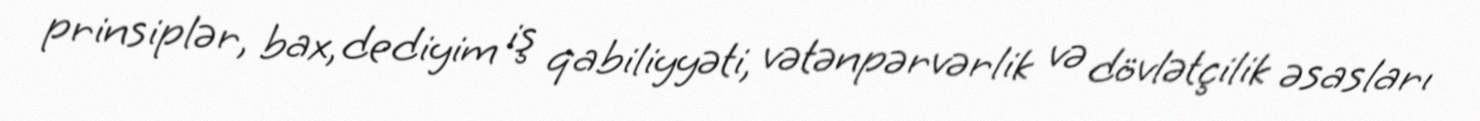
prinsiplər, bax, dediyim iş qabiliyyəti, vətənpərvərlik və dövlətçilik əsasları